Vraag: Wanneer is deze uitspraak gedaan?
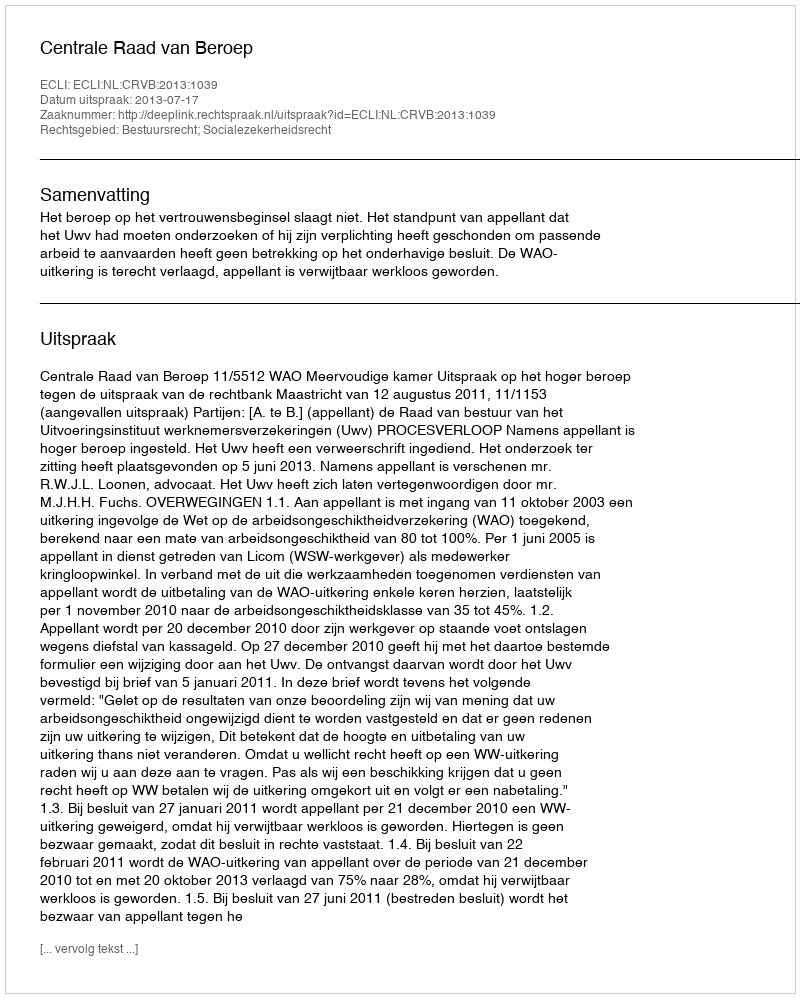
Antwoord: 2013-07-17